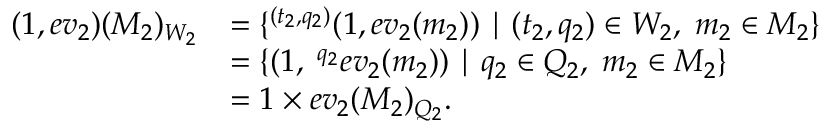
\begin{array} { r l } { ( 1 , e v _ { 2 } ) ( M _ { 2 } ) _ { W _ { 2 } } } & { = \{ ^ { ( t _ { 2 } , q _ { 2 } ) } ( 1 , e v _ { 2 } ( m _ { 2 } ) ) \mid ( t _ { 2 } , q _ { 2 } ) \in W _ { 2 } , \; m _ { 2 } \in M _ { 2 } \} } \\ & { = \{ ( 1 , \; ^ { q _ { 2 } } e v _ { 2 } ( m _ { 2 } ) ) \mid q _ { 2 } \in Q _ { 2 } , \; m _ { 2 } \in M _ { 2 } \} } \\ & { = 1 \times e v _ { 2 } ( M _ { 2 } ) _ { Q _ { 2 } } . } \end{array}